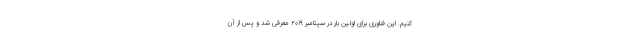
کنیم. این فناوری برای اولین بار در سپتامبر 2019 معرفی شد و پس از آن